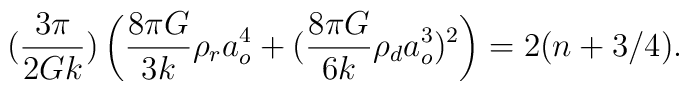
({3\pi\over 2Gk})\left( {8\pi G\over 3k}\rho_r a_o^4 +({8\pi G\over 6k}\rho_d a_o^3)^2\right) = 2(n + 3/4).